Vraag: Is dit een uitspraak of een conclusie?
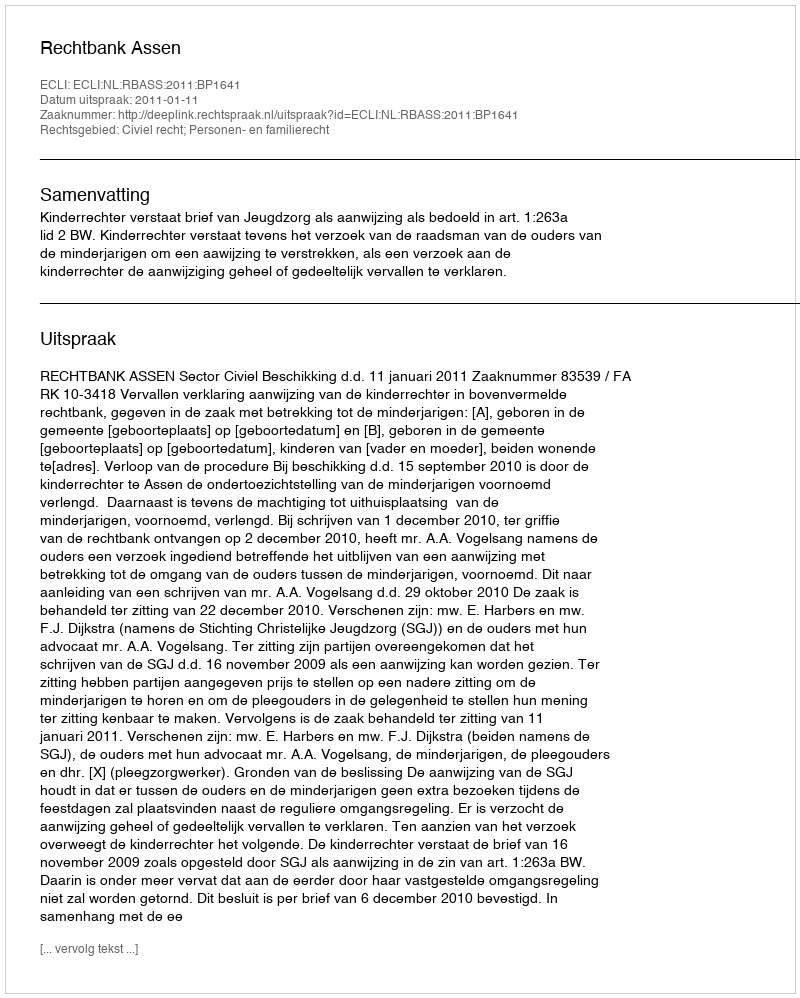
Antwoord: Uitspraak